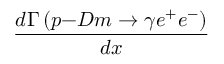
\frac { d \Gamma \left( p \mathrm { - } D m \rightarrow \gamma e ^ { + } e ^ { - } \right) } { d x }